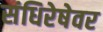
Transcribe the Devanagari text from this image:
संधिरेषेवर